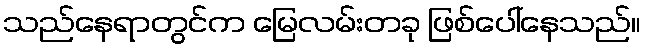
သည်နေရာတွင်က မြေလမ်းတခု ဖြစ်ပေါ်နေသည်။